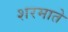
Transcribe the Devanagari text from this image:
शरमाते